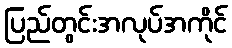
ပြည်တွင်းအလုပ်အကိုင်